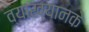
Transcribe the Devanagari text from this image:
व्याख्यानके